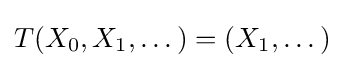
T(X_{0},X_{1},\dots )=(X_{1},\dots )